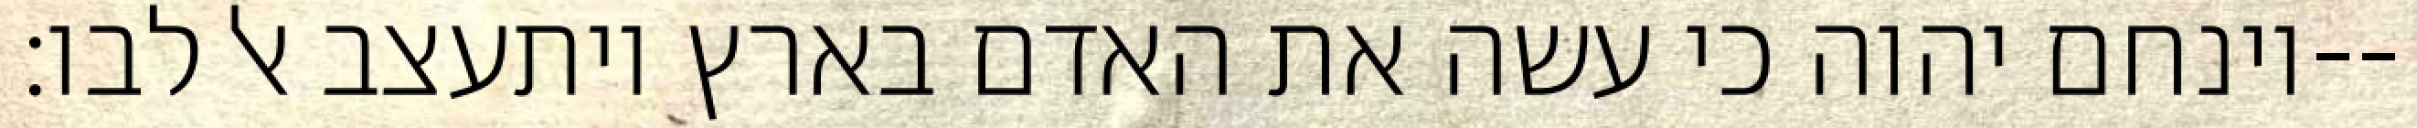
וינחם יהוה כי עשה את האדם בארץ ויתעצב אל לבו׃--